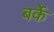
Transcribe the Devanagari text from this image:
बर्के